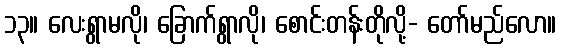
၁၃။ လေးရွာမလို၊ ခြောက်ရွာလို၊ စောင်းတန်းတိုလို့- တော်မည်လော။